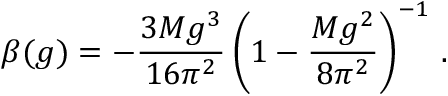
\beta ( g ) = - \frac { 3 M g ^ { 3 } } { 1 6 \pi ^ { 2 } } \left( 1 - \frac { M g ^ { 2 } } { 8 \pi ^ { 2 } } \right) ^ { - 1 } \, .